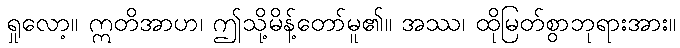
ရှုလော့။ ဣတိအာဟ၊ ဤသို့မိန့်တော်မူ၏။ အဿ၊ ထိုမြတ်စွာဘုရားအား။